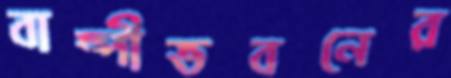
বাষ্পীভবনের